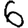
Digit: 6